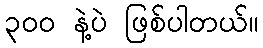
၃၀၀ နဲ့ပဲ ဖြစ်ပါတယ်။